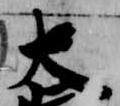
大